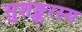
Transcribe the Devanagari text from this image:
सुशङ्करस्य